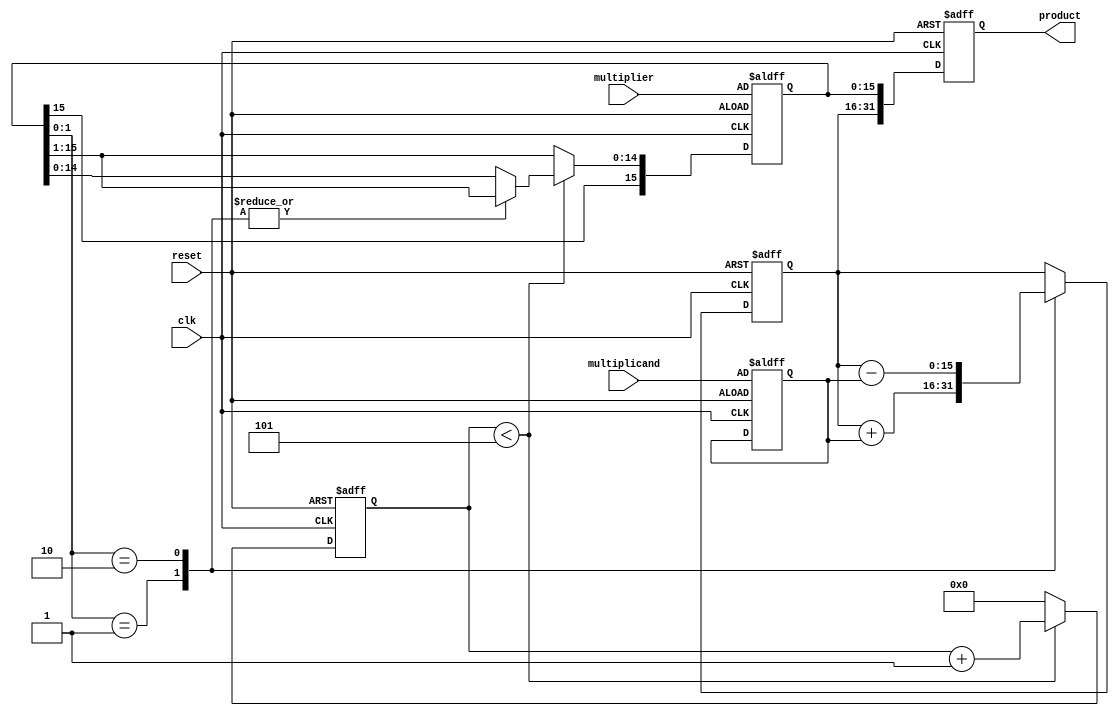
module BoothMultiplier (
    input wire clk,
    input wire reset,
    input wire [15:0] multiplicand,
    input wire [15:0] multiplier,
    output reg [31:0] product
);

reg [15:0] A, Q, M;
reg [4:0] count;

always @(posedge clk or posedge reset) begin
    if (reset) begin
        A <= 16'b0;
        Q <= multiplier;
        M <= multiplicand;
        count <= 5'b0;
        product <= 32'b0;
    end else begin
        case (Q[0:1])
            2'b01: begin
                Q <= {Q[15], Q[15:1]};
                A <= A + M;
            end
            2'b10: begin
                Q <= {Q[15], Q[15:1]};
                A <= A - M;
            end
        endcase

        if (count < 5) begin
            count <= count + 1;
        end else begin
            Q <= {Q[15], Q[15:1]};
            count <= 5'b0;
        end

        product <= {A, Q[15:0]}; 
    end
end

endmodule